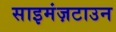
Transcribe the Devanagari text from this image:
साइमंज़टाउन